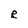
Character: R